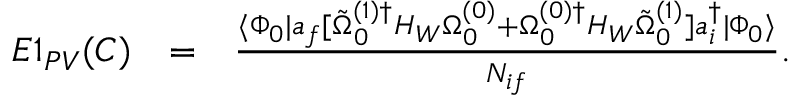
\begin{array} { r l r } { E 1 _ { P V } ( C ) } & { = } & { \frac { \langle \Phi _ { 0 } | a _ { f } [ \tilde { \Omega } _ { 0 } ^ { ( 1 ) \dagger } H _ { W } \Omega _ { 0 } ^ { ( 0 ) } + \Omega _ { 0 } ^ { ( 0 ) \dagger } H _ { W } \tilde { \Omega } _ { 0 } ^ { ( 1 ) } ] a _ { i } ^ { \dagger } | \Phi _ { 0 } \rangle } { { \cal N } _ { i f } } . \ \ \ } \end{array}